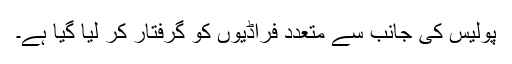
پولیس کی جانب سے متعدد فراڈیوں کو گرفتار کر لیا گیا ہے۔